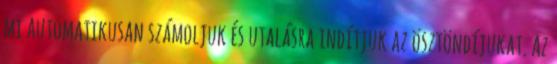
mi automatikusan számoljuk és utalásra indítjuk az ösztöndíjukat. Az